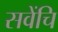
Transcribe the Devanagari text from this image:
सवेंचि